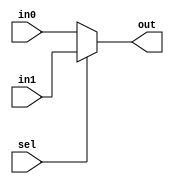
//This file contains various muxes

//2 to 1 mux, 16 bit
//Uses: PC in selector, data memory output selector, alu input 2 selector
module mux_2to1_16(in0, in1, sel, out);
input [15:0] in0, in1;
input sel;
output [15:0] out;

assign out = sel ? in1 : in0;
endmodule

//2 to 1 mux, 4 bit
//Uses: PC in selector, data memory output selector, alu input 2 selector
module mux_2to1_4(in0, in1, sel, out);
input [3:0] in0, in1;
input sel;
output [3:0] out;

assign out = sel ? in1 : in0;
endmodule

module t_mux_2to1_16();
reg [15:0] in0, in1;
reg sel;
wire [15:0] out;

mux_2to1_16 uut(.in0(in0), .in1(in1), .sel(sel), .out(out));
initial $monitor("in0:%d, in1:%d, sel:%b, out:%d", in0, in1, sel, out);
initial begin
in0 = 16'd0;
in1 = 16'd15;
sel = 1'b0;
#5;
sel = 1'b1;
#5;
end
endmodule